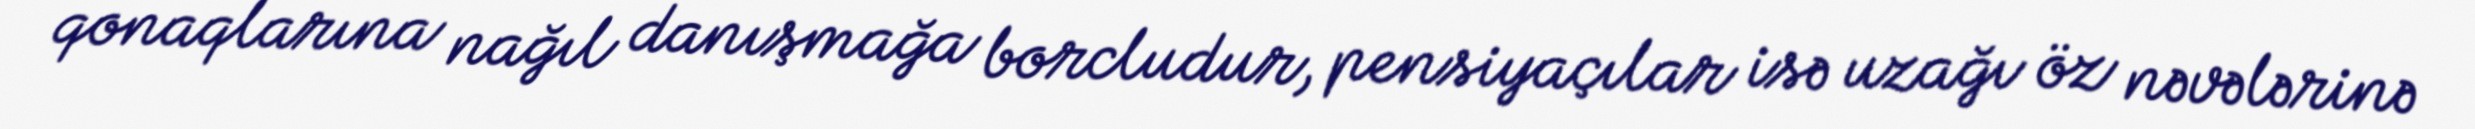
qonaqlarına nağıl danışmağa borcludur, pensiyaçılar isə uzağı öz nəvələrinə